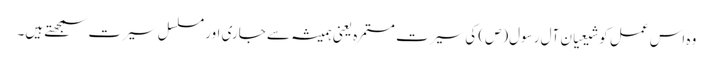
وہ اس عمل کو شیعیان آل رسول(ص) کی سیرت مستمرہ یعنی ہمیشہ سے جاری اور مسلسل سیرت سمجھتے ہیں۔